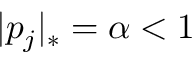
| p _ { j } | _ { * } = \alpha < 1